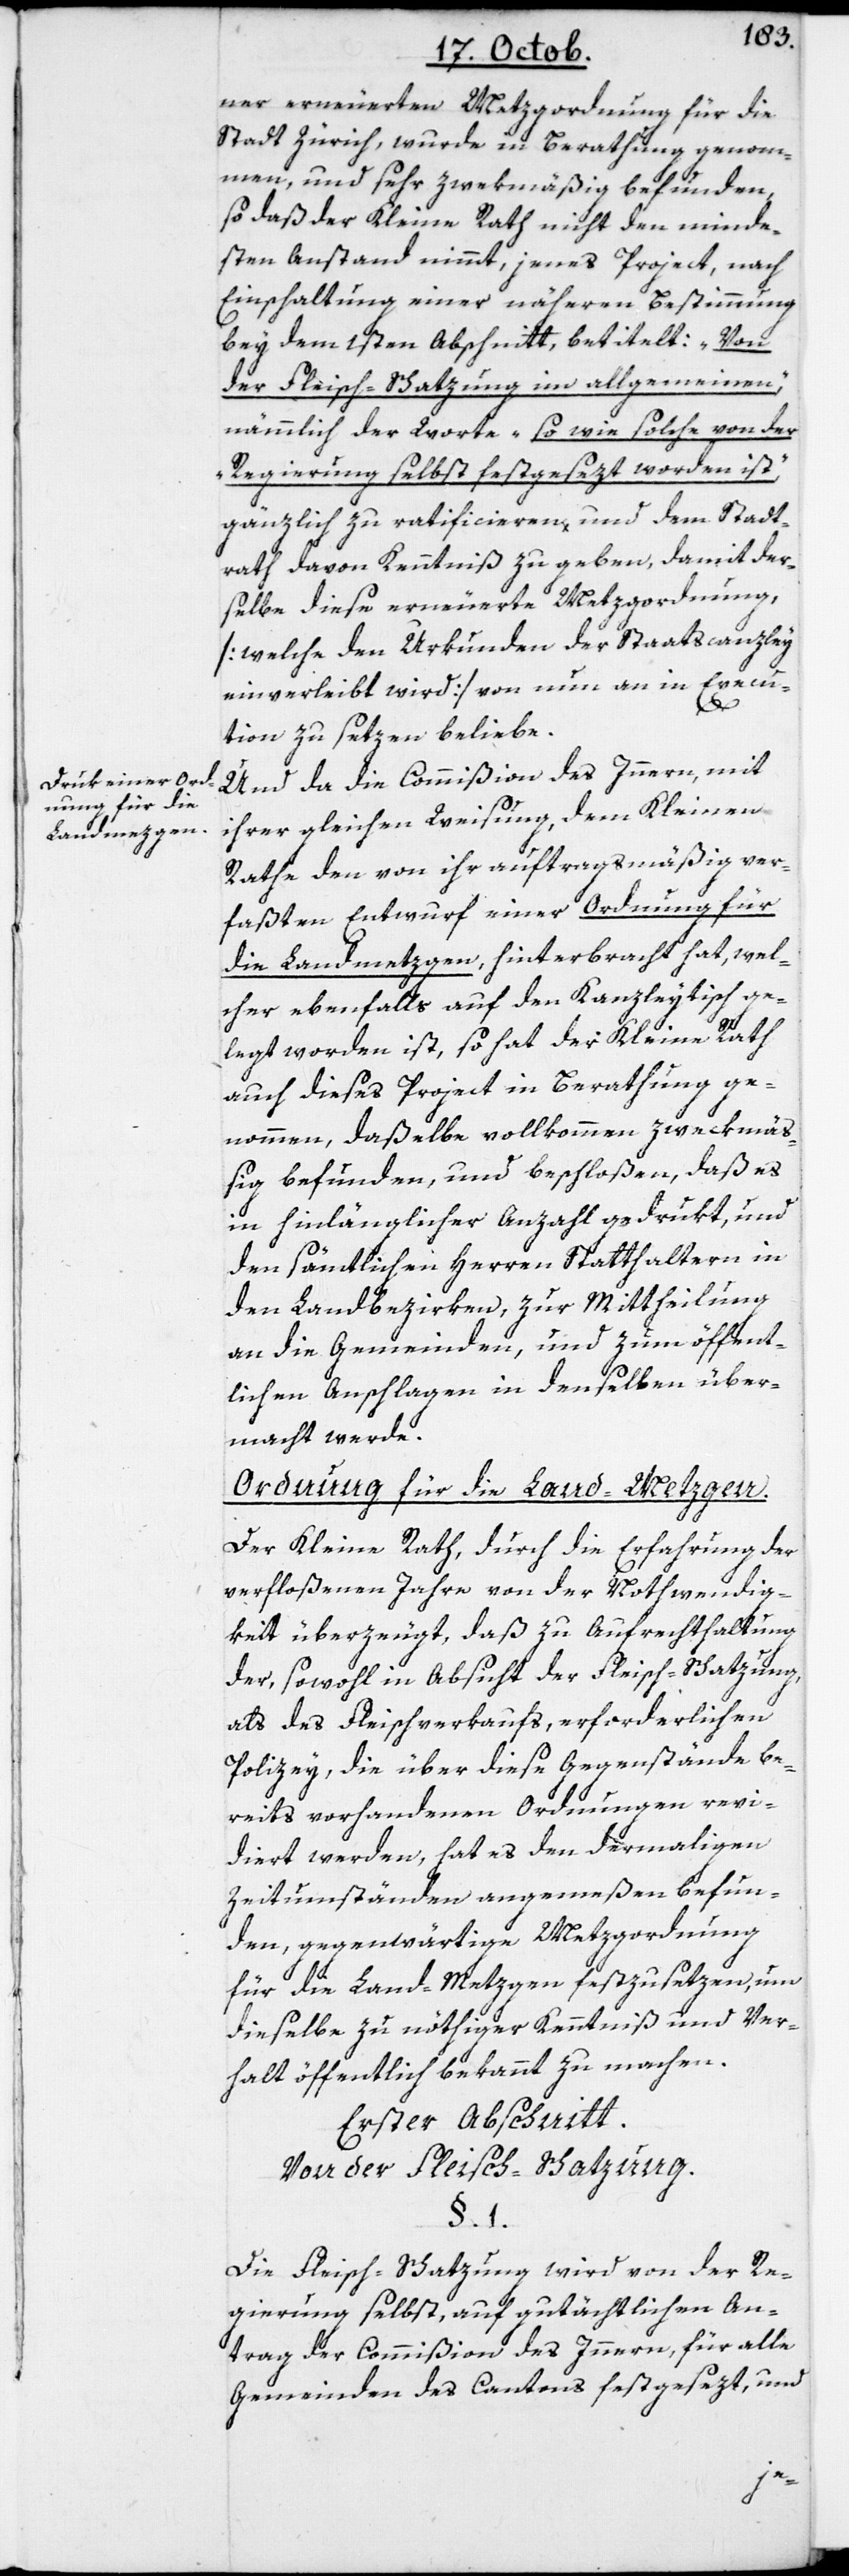
ner erneuerten Metzgordnung für die
Stadt Zürich, wurde in Berathung genom¬
men, und sehr zwekmäßig befunden,
sodaß der Kleine Rath nicht den minde¬
sten Anstand nimmt, jenes Project, nach
Einschaltung einer näheren Bestimmung
bey dem 1sten Abschnitt, betitelt: „Von
der Fleisch-Schatzung im allgemeinen“,
nämmlich der Worte: „so wie solche von der
Regierung selbst festgesetzt worden ist“
gänzlich zu ratificieren, und dem Stadt¬
rath davon Kenntniß zu geben, damit der¬
selbe diese erneuerte Metzgordnung,
[welche den Urkunden der Staatscanzley
einverleibt wird] von nun an in Execu¬
tion zu setzen beliebe.
Und da die Commißion des Innern, mit
ihrer gleichen Weisung, dem Kleinen
Rathe den von ihr auftragsmäßig ver¬
faßten Entwurf einer Ordnung für
die Landmetzgen hinterbracht hat, wel¬
cher ebenfalls auf den Kanzleytisch ge¬
legt worden ist, so hat der Kleine Rath
auch dieses Project in Berathung ge¬
nommen, daßelbe vollkommen zweckmä¬
ßig befunden, und beschloßen, daß es
in hinlänglicher Anzahl gedrukt, und
den sämmtlichen Herren Statthaltern in
den Landbezirken, zur Mittheilung
an die Gemeinden, und zum öffent¬
lichen Anschlagen in denselben über¬
macht werde.
Ordnung für die Land-Metzgen.
Der Kleine Rath, durch die Erfahrung der
verfloßenen Jahre von der Nothwendig¬
keit überzeugt, daß zu Aufrechthaltung
der, sowohl in Absicht der Fleisch-Schatzung
als des Fleischverkaufs, erforderlichen
Polizey, die über diese Gegenstände be¬
reits vorhandenen Ordnungen revi¬
diert werden, hat es den dermaligen
Zeitumständen angemeßen befun¬
den, gegenwärtige Metzgordnung
für die Land-Metzgen festzusetzen, um
dieselbe zu nöthiger Kenntniß und Ver¬
halt öffentlich bekannt zu machen.
Erster Abschnitt.
Von der Fleisch-Schatzung.
§. 1.
Die Fleisch-Schatzung wird von der Re¬
gierung selbst, auf gutächtlichen An¬
trag der Commißion des Innern, für alle
Gemeinden des Cantons festgesezt, und